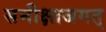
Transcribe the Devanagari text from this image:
समीक्षाजगत्